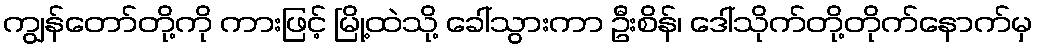
ကျွန်တော်တို့ကို ကားဖြင့် မြို့ထဲသို့ ခေါ်သွားကာ ဦးစိန်၊ ဒေါ်သိုက်တို့တိုက်နောက်မှ